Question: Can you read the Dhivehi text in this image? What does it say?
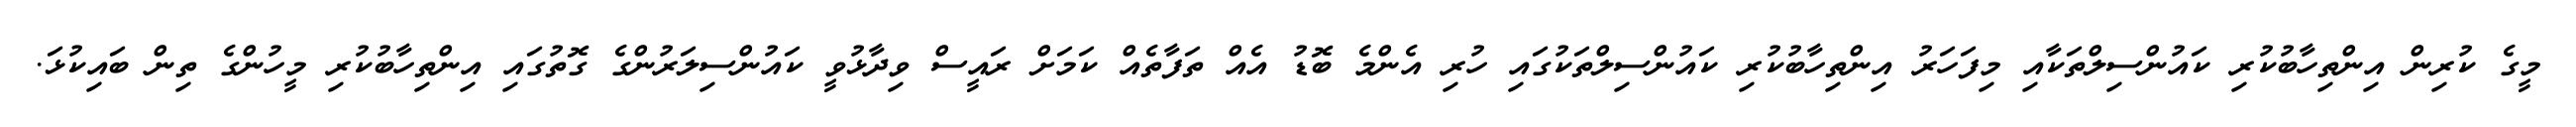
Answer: މީގެ ކުރިން އިންތިހާބުކުރި ކައުންސިލްތަކާއި މިފަހަރު އިންތިހާބުކުރި ކައުންސިލްތަކުގައި ހުރި އެންމެ ބޮޑު އެއް ތަފާތެއް ކަމަށް ރައީސް ވިދާޅުވީ ކައުންސިލަރުންގެ ގޮތުގައި އިންތިހާބުކުރި މީހުންގެ ތިން ބައިކުޅަ.